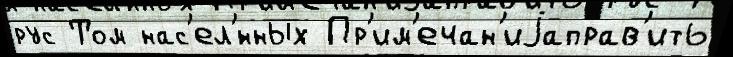
рус Том нас'ел'́нных Пр'им'ечан'иjаправ'ить